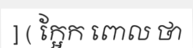
] ( ក្អែក ពោល ថា